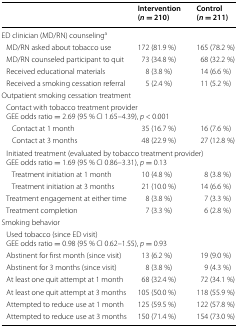
|  | Intervention(n = 210) | Control(n = 211) |
 | --- | --- | --- |
 | <COLSPAN=3> ED clinician (MD/RN) counselinga |
 | MD/RN asked about tobacco use | 172 (81.9 %) | 165 (78.2 %) |
 | MD/RN counseled participant to quit | 73 (34.8 %) | 68 (32.2 %) |
 | Received educational materials | 8 (3.8 %) | 14 (6.6 %) |
 | Received a smoking cessation referral | 5 (2.4 %) | 11 (5.2 %) |
 | <COLSPAN=3> Outpatient smoking cessation treatment |
 | <COLSPAN=3> Contact with tobacco treatment provider GEE odds ratio = 2.69 (95 % CI 1.65–4.39), p < 0.001 |
 | Contact at 1 month | 35 (16.7 %) | 16 (7.6 %) |
 | Contact at 3 months | 48 (22.9 %) | 27 (12.8 %) |
 | <COLSPAN=3> Initiated treatment (evaluated by tobacco treatment provider) GEE odds ratio = 1.69 (95 % CI 0.86–3.31), p = 0.13 |
 | Treatment initiation at 1 month | 10 (4.8 %) | 8 (3.8 %) |
 | Treatment initiation at 3 months | 21 (10.0 %) | 14 (6.6 %) |
 | Treatment engagement at either time | 8 (3.8 %) | 7 (3.3 %) |
 | Treatment completion | 7 (3.3 %) | 6 (2.8 %) |
 | <COLSPAN=3> Smoking behavior |
 | <COLSPAN=3> Used tobacco (since ED visit) GEE odds ratio = 0.98 (95 % CI 0.62–1.55), p = 0.93 |
 | Abstinent for first month (since visit) | 13 (6.2 %) | 19 (9.0 %) |
 | Abstinent for 3 months (since visit) | 8 (3.8 %) | 9 (4.3 %) |
 | At least one quit attempt at 1 month | 68 (32.4 %) | 72 (34.1 %) |
 | At least one quit attempt at 3 months | 105 (50.0 %) | 118 (55.9 %) |
 | Attempted to reduce use at 1 month | 125 (59.5 %) | 122 (57.8 %) |
 | Attempted to reduce use at 3 months | 150 (71.4 %) | 154 (73.0 %) |